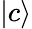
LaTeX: |c\rangle